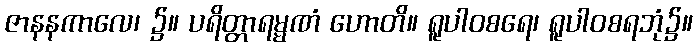
ဇာနနကာလေ၊ ၌။ ပရိတ္တာရမ္မဏံ ဟောတိ။ ရူပါဝစရေ၊ ရူပါဝစရဘုံ၌။